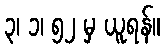
၃၊ ၁၊ ၅၂ မှ ယူရန်။